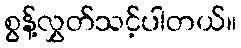
စွန့်လွှတ်သင့်ပါတယ်။